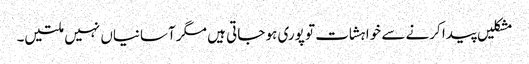
مشکلیں پیدا کرنے سے خواہشات تو پوری ہو جاتی ہیں مگر آسانیاں نہیں ملتیں۔